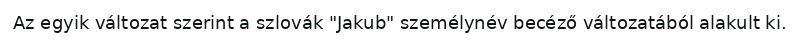
Az egyik változat szerint a szlovák "Jakub" személynév becéző változatából alakult ki.